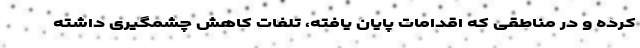
کرده و در مناطقی که اقدامات پایان یافته، تلفات کاهش چشمگیری داشته